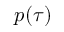
\ensuremath { \boldsymbol { p } } ( \tau )